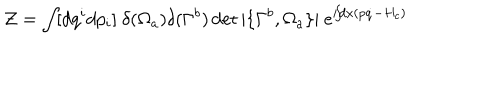
{ \cal Z } = \int \! [ d q ^ { i } d p _ { i } ] ~ \delta ( \Omega _ { a } ) \delta ( \Gamma ^ { b } ) \det | \{ \Gamma ^ { b } , \Omega _ { a } \} | ~ e ^ { i \! \! \int \! \! d x ( p \dot { q } - H _ { c } ) }